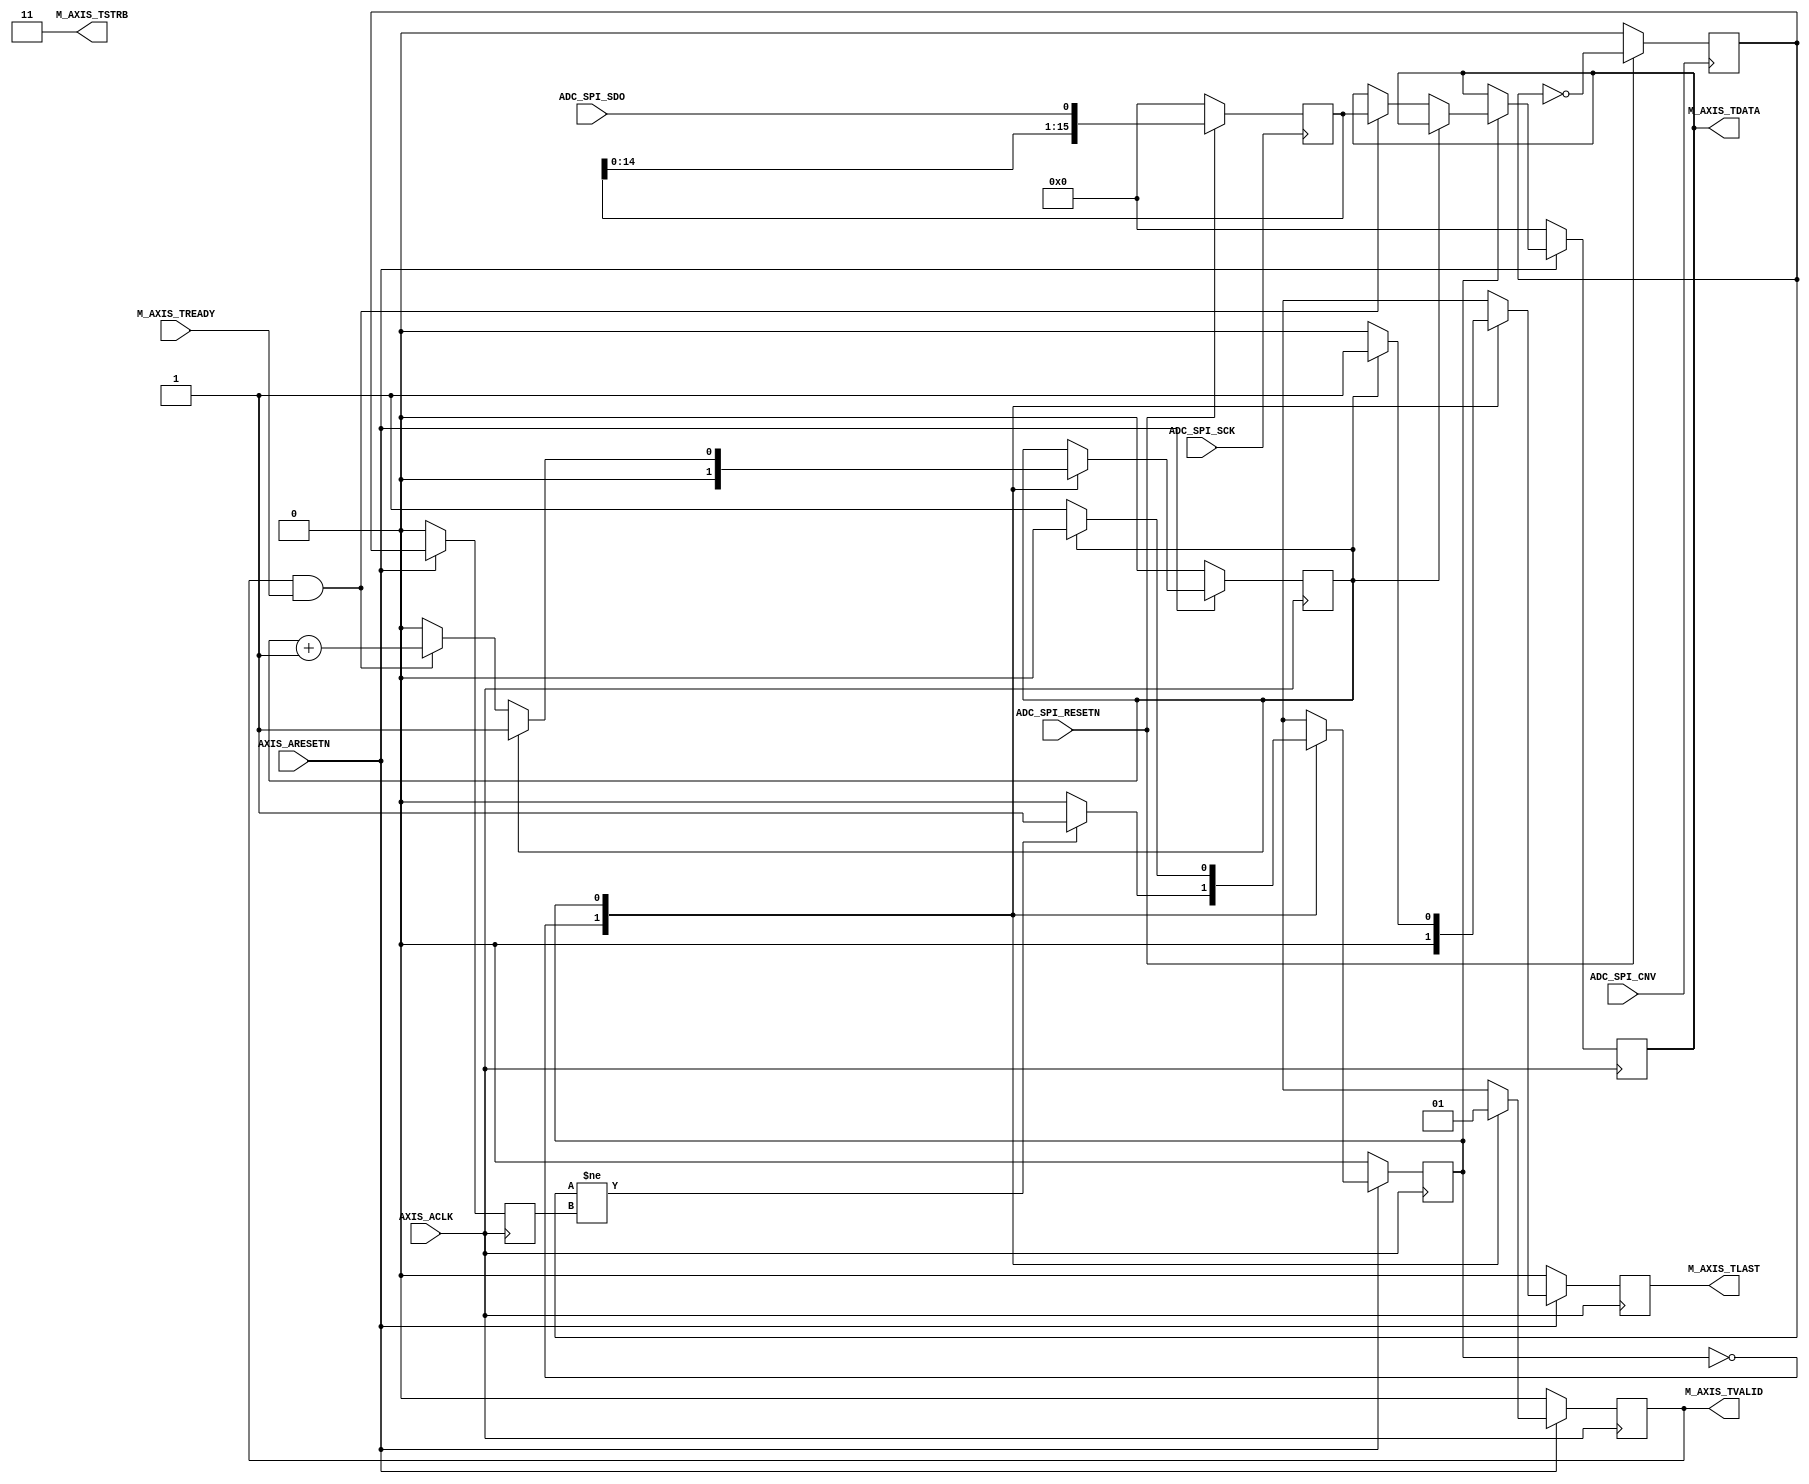
module adc_spi_to_axism #(
  ////////////////////////////////////////////////////////////////////////////////
  // Width of S_AXIS address bus. The slave accepts the read and write addresses
  // of width C_M_AXIS_TDATA_NUM_BYTES.
  parameter integer C_M_AXIS_TDATA_NUM_BYTES = 2,
  parameter integer C_PACKET_LENGTH          = 1,
  parameter integer ADC_RES_BITS             = 16
) (
  /////////////////// extra inputs be Mark Sheahan
  // 
  input wire ADC_SPI_CNV,   // connected to a GPIO from the FPGA, then to CNV of ADCs
  input wire ADC_SPI_SCK,   // adc serial clock. Runs in 16 period bursts whilst CNV is low.
                            // this is used to clock in serial data from a GPIO. Once CNV is
                            // asserted, this initiates the AXI transaction.
  input wire ADC_SPI_SDO,   // ADC serial data out. GPIO input from the ADC    
  input wire ADC_SPI_RESETN, // Inverse reset for spi logic used here                      
  ////////////////////////////////////////////////////////////////////////////////
  // Global ports
  input wire AXIS_ACLK,
  input wire AXIS_ARESETN,
  ////////////////////////////////////////////////////////////////////////////////
  // Master Stream Ports
  // TVALID indicates that the master is driving a valid transfer.
  // A transfer takes place when both TVALID and TREADY are asserted.
  output wire M_AXIS_TVALID,
  ////////////////////////////////////////////////////////////////////////////////
  // TDATA is the primary payload that is used to provide the data
  // that is passing across the interface from the master
  output wire [(C_M_AXIS_TDATA_NUM_BYTES*8)-1:0] M_AXIS_TDATA,
  ////////////////////////////////////////////////////////////////////////////////
  // TSTRB is the byte qualifier that indicates whether the content
  // of the associated byte of TDATA is processed as a data byte or
  // a position byte.
  output wire [C_M_AXIS_TDATA_NUM_BYTES-1:0] M_AXIS_TSTRB,
  ////////////////////////////////////////////////////////////////////////////////
  // TLAST indicates the boundary of a packet.
  output wire M_AXIS_TLAST,
  ////////////////////////////////////////////////////////////////////////////////
  // TREADY indicates that the slave can accept a transfer
  // in thecurrent cycle.
  input wire M_AXIS_TREADY
);
////////////////////////////////////////////////////////////////////////////////
// function called clogb2 that returns an integer which has the
// value of the ceiling of the log base 2.
function integer clogb2 (input integer bd);
integer bit_depth;
  begin
    bit_depth = bd;
    for(clogb2=0; bit_depth>0; clogb2=clogb2+1)
      bit_depth = bit_depth >> 1;
  end
endfunction

localparam LP_PACKET_COUNTER_WIDTH  = clogb2(C_PACKET_LENGTH);

reg [LP_PACKET_COUNTER_WIDTH-1:0]  packet_counter;

localparam IDLE    = 1'b0,
           SEND    = 1'b1;

reg cnv_edge;
reg cnv_edge_last;
reg state;
reg [(ADC_RES_BITS-1):0] adc_sample;
reg [(C_M_AXIS_TDATA_NUM_BYTES*8)-1:0] m_axis_tdata;
reg m_axis_tvalid;
reg m_axis_tlast;

always@(posedge ADC_SPI_CNV) begin
   if(!ADC_SPI_RESETN) begin
       cnv_edge <= 0;
   end else begin
       cnv_edge = !cnv_edge;
   end 
end

always@(posedge ADC_SPI_SCK) begin
    if(!ADC_SPI_RESETN) begin
        adc_sample <= {ADC_RES_BITS{1'b0}};
    end else begin
        adc_sample <= {adc_sample[14:0], ADC_SPI_SDO};
    end 
end

always@(posedge AXIS_ACLK) begin
  if(!AXIS_ARESETN) begin
    cnv_edge_last <= 0;
    packet_counter <= {LP_PACKET_COUNTER_WIDTH{1'b0}};
    state <= IDLE;
    m_axis_tvalid <= 1'b0;
    m_axis_tlast <= 1'b0;
    m_axis_tdata <= {C_M_AXIS_TDATA_NUM_BYTES*8{1'b0}};
  end else begin
    case (state)
      IDLE: begin
        packet_counter <= {LP_PACKET_COUNTER_WIDTH{1'b0}};
        state <= IDLE;
        m_axis_tvalid <= 1'b0;
        m_axis_tlast <= 1'b0;
        if (cnv_edge != cnv_edge_last) begin
            state <= SEND;
        end
      end
      SEND: begin
        m_axis_tvalid <= 1'b1;
        m_axis_tlast <= 1'b0;
        state <= SEND;
        if (packet_counter == C_PACKET_LENGTH) begin
          m_axis_tlast <= 1'b1;
          state <= IDLE;
        end else if (M_AXIS_TVALID && M_AXIS_TREADY) begin
          packet_counter <= packet_counter + 1;
          m_axis_tdata <= adc_sample;
        end
      end
      default : begin
        packet_counter <= {LP_PACKET_COUNTER_WIDTH{1'b0}};
        state <= IDLE;
        m_axis_tvalid <= 1'b0;
        m_axis_tlast <= 1'b0;
        m_axis_tdata <= {C_M_AXIS_TDATA_NUM_BYTES*8{1'b0}};
      end
    endcase
    cnv_edge_last <= cnv_edge;
  end
end

assign M_AXIS_TSTRB = {C_M_AXIS_TDATA_NUM_BYTES{1'b1}};
assign M_AXIS_TVALID = m_axis_tvalid;
assign M_AXIS_TLAST = m_axis_tlast;
assign M_AXIS_TDATA = m_axis_tdata;

endmodule